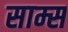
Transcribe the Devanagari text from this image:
साम्स